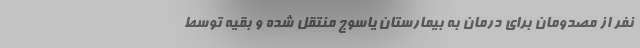
نفر از مصدومان برای درمان به بیمارستان یاسوج منتقل شده و بقیه توسط